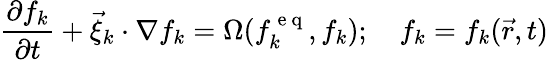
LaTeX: \frac{\partial f_{k}}{\partial t}+\vec{\xi}_{k}\cdot\nabla f_{k}=\Omega(f_{k}^{\mathrm{~e~q~}},f_{k});\quad f_{k}=f_{k}(\vec{r},t)